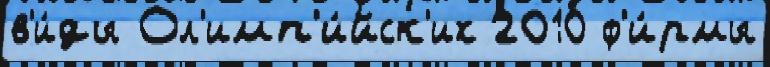
в'и́ды Ол'имп'и́йск'их 2010 ф'и́рмы